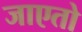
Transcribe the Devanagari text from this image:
जाएतो